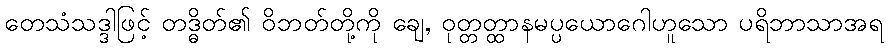
တေသံသဒ္ဒါဖြင့် တဒ္ဓိတ်၏ ဝိဘတ်တို့ကို ချေ, ဝုတ္တတ္ထာနမပ္ပယောဂေါဟူသော ပရိဘာသာအရ